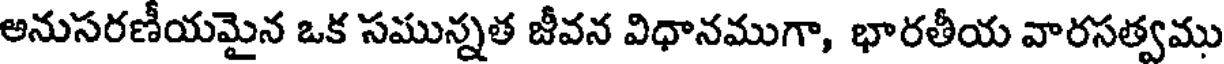
అనుసరణీయమైన ఒక సమున్నత జీవన విధానముగా, భారతీయ వారసత్వము